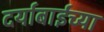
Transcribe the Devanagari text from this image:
दर्याबाईच्या